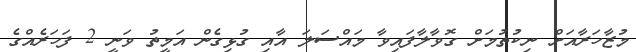
މުޒާހަރާއަށް ނިކުތުމަށް ގޮވާލާފައިވާ މައްސަލަ އާއި ގުޅިގެން އަމީތު ވަނީ 2 ފަހަރެއްގެ